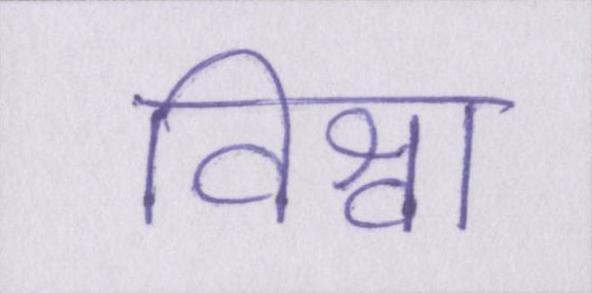
विश्वा